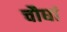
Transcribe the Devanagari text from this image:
चौघां